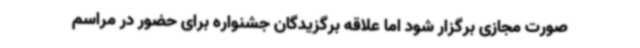
صورت مجازی برگزار شود اما علاقه برگزیدگان جشنواره برای حضور در مراسم